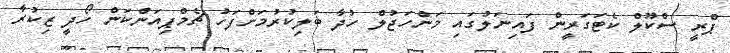
ޕްރީ ސްކޫލް ކެޓަގަރީން ފައިނަލުގައި މަންހަޖުލް ހުދާ ބަލިކުރުމަށްފަހު ޗެމްޕިއަންކަން ހޯދީ ޒިކުރާ